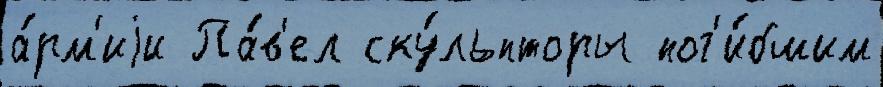
а́рм'иjи Па́в'ел ску́льпторы пог'и́бшим